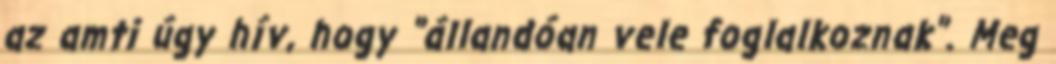
az amti úgy hív, hogy "állandóan vele foglalkoznak". Meg